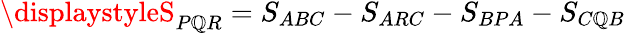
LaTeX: \displaystyleS_{P\mathbb{Q}R}=S_{ABC}-S_{ARC}-S_{BPA}-S_{C\mathbb{Q}B}